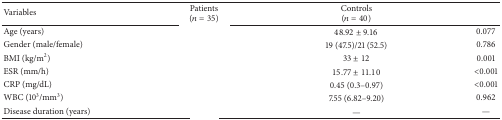
<table><thead><tr><td><b>Variables</b></td><td><b>Patients (<i>n</i> = 35)</b></td><td><b>Controls (<i>n</i> = 40)</b></td><td>[EMPTY_CELL]</td></tr></thead><tbody><tr><td>Age (years)</td><td>[EMPTY_CELL]</td><td>48.92 ± 9.16</td><td>0.077</td></tr><tr><td>Gender (male/female) </td><td>[EMPTY_CELL]</td><td>19 (47.5)/21 (52.5)</td><td>0.786</td></tr><tr><td>BMI (kg/m<sup>2</sup>)</td><td>[EMPTY_CELL]</td><td>33 ± 12</td><td>0.001</td></tr><tr><td>ESR (mm/h)</td><td>[EMPTY_CELL]</td><td>15.77 ± 11.10</td><td>&lt;0.001</td></tr><tr><td>CRP (mg/dL)</td><td>[EMPTY_CELL]</td><td>0.45 (0.3–0.97)</td><td>&lt;0.001</td></tr><tr><td>WBC (10<sup>3</sup>/mm<sup>3</sup>)</td><td>[EMPTY_CELL]</td><td>7.55 (6.82–9.20)</td><td>0.962</td></tr><tr><td>Disease duration (years)</td><td>[EMPTY_CELL]</td><td>—</td><td>—</td></tr></tbody></table>